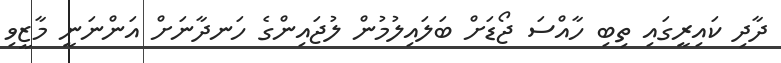
ދާދި ކައިރީގައި ތިބި ހާއްސަ ޖޯޑަށް ބަލައިލުމުން ލުޖައިންގެ ހަނދާނަށް އަންނަނީ މާޒީވި